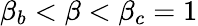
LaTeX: \beta_{b}<\beta<\beta_{c}=1